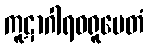
ကူဋာဂါရဝရူပေတံ